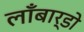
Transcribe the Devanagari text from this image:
लॉँबार्डो